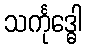
သင်္ကုဒ္ဓေါ